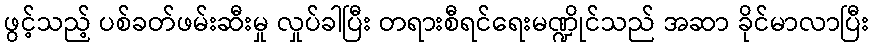
ဖွင့်သည့် ပစ်ခတ်ဖမ်းဆီးမှု လှုပ်ခါပြီး တရားစီရင်ရေးမဏ္ဍိုင်သည် အဆာ ခိုင်မာလာပြီး